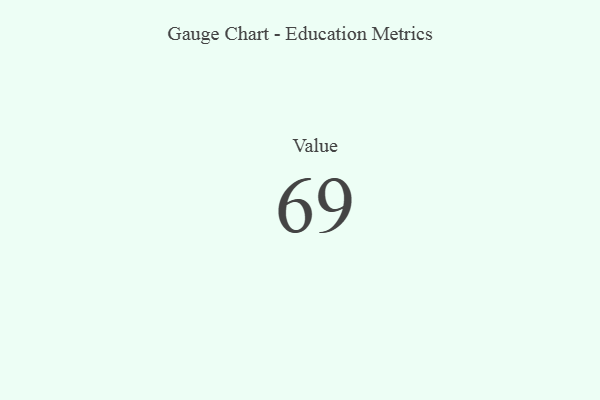
{"axis": {"x": "Metric", "y": "Value"}, "legend": [""], "data": [{"x": "Value", "y": 69, "type": ""}]}